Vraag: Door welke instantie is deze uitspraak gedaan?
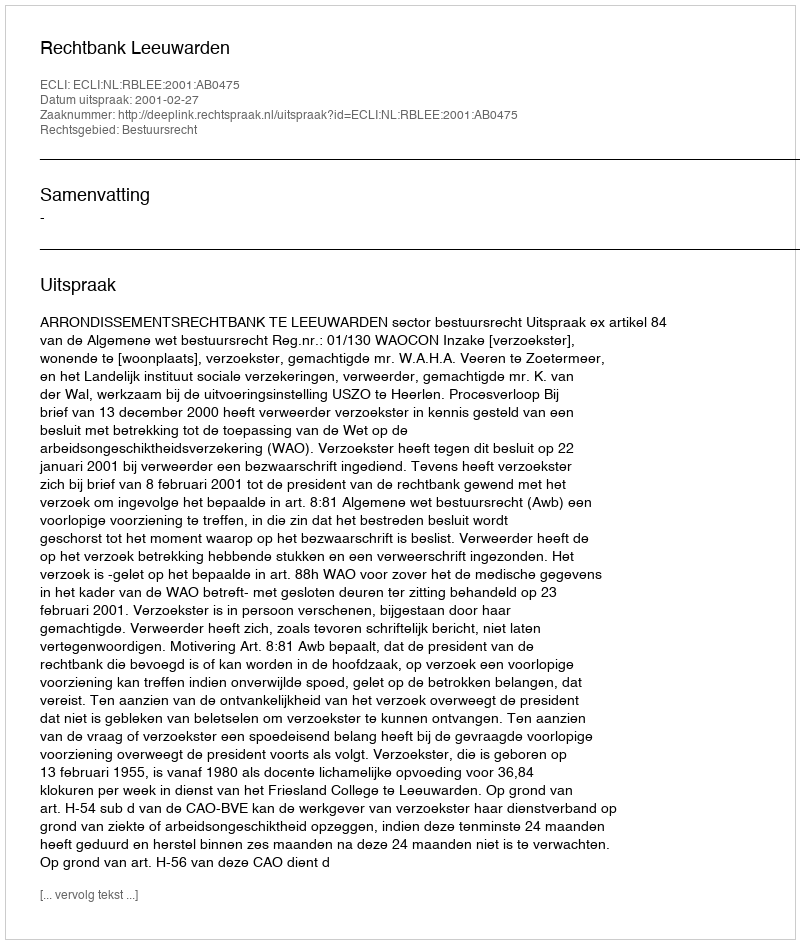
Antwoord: Rechtbank Leeuwarden